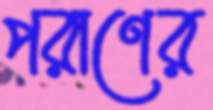
পরাণের